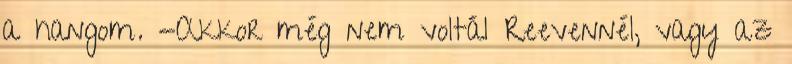
a hangom. -Akkor még nem voltál Reevennél, vagy az